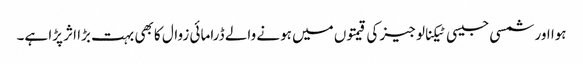
ہوا اور شمسی جیسی ٹیکنالوجیز کی قیمتوں میں ہونے والے ڈرامائی زوال کا بھی بہت بڑا اثر پڑا ہے۔